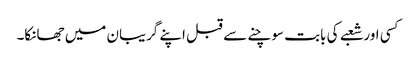
کسی اور شعبے کی بابت سوچنے سے قبل اپنے گریبان میں جھانکا۔